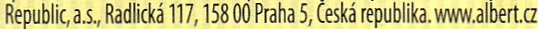
Republic,a.s.,Radlicka 117, 158 00 Praha 5, Ceska republika.www.albert.cz